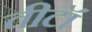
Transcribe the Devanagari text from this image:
वीटॉ